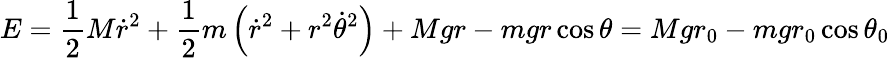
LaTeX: E={\frac{1}{2}}M{\dot{r}}^{2}+{\frac{1}{2}}m\left({\dot{r}}^{2}+r^{2}{\dot{\theta}}^{2}\right)+Mgr-mgr\cos{\theta}=Mgr_{0}-mgr_{0}\cos{\theta_{0}}